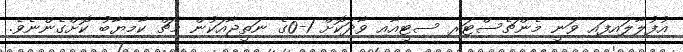
އުފުލާލައިފައި ވަނީ މެންޗެސްޓަރ ސިޓީއާއި ވާދަކޮށް 1-0ގެ ނަތީޖާއަކުން މެޗް ކާމިޔާބު ކޮށްގެންނެވެ.